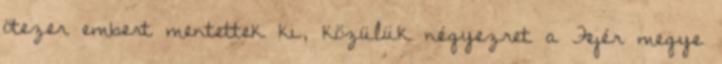
ötezer embert mentettek ki, közülük négyezret a Fejér megye